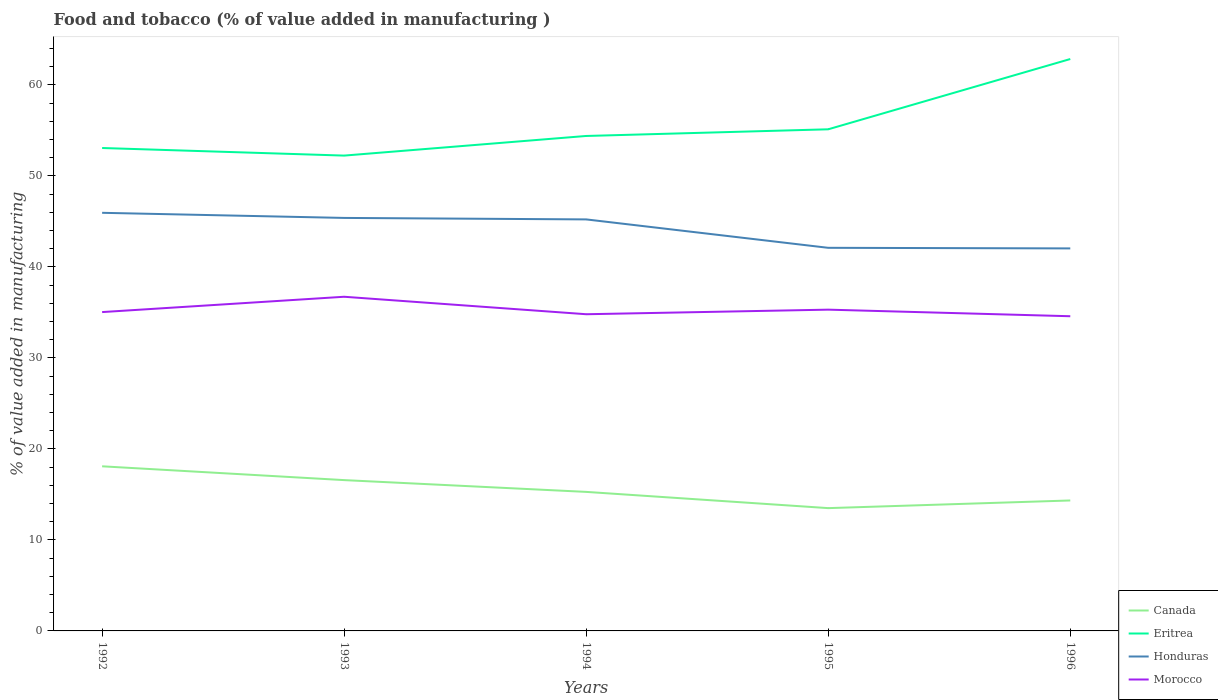
| Years | Canada | Eritrea | Honduras | Morocco |
 | --- | --- | --- | --- | --- |
 | 1992 | 18.1 | 53.1 | 45.9 | 35 |
 | 1993 | 16.6 | 52.2 | 45.4 | 36.7 |
 | 1994 | 15.3 | 54.4 | 45.2 | 34.8 |
 | 1995 | 13.5 | 55.1 | 42.1 | 35.3 |
 | 1996 | 14.3 | 62.8 | 42 | 34.6 |